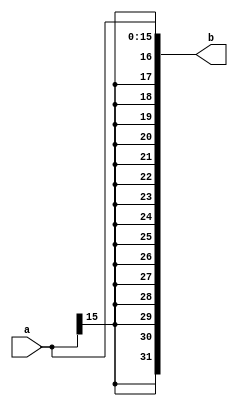
module SignExtend(a,b);
input[15:0] a;
output reg [31:0] b;
always@(*)
begin
	b = {{16{a[15]}},{a}};
end
endmodule